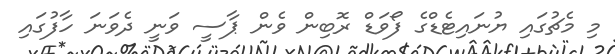
މި މެޗުގައި ޔުނައިޓެޑްގެ ފޯވަޑް ރޮބިން ވެން ޕާސީ ވަނީ ދެވަނަ ހާފުގައި